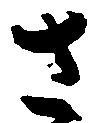
さ